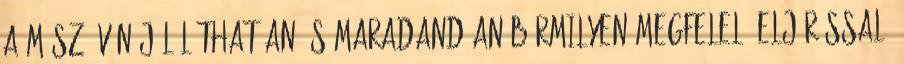
A mászóövön jól láthatóan és maradandóan bármilyen megfelelõ eljárással,